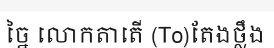
ច្នៃ លោកតាតើ (To)តែងថ្លឹង